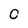
Character: 0